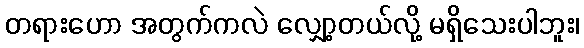
တရားဟော အတွက်ကလဲ လျှော့တယ်လို့ မရှိသေးပါဘူး၊